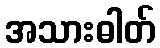
အသားဓါတ်